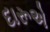
દારૂએ